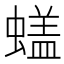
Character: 𰳙